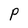
Character: P